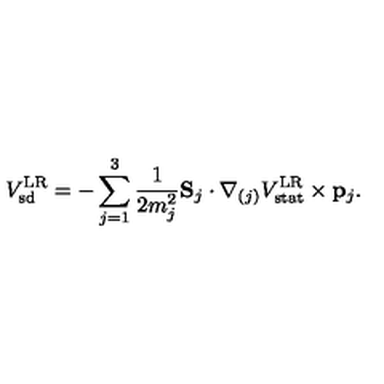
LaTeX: V _ { \mathrm { s d } } ^ { \mathrm { L R } } = - \sum _ { j = 1 } ^ { 3 } { \frac { 1 } { 2 m _ { j } ^ { 2 } } } { \bf S } _ { j } \cdot { \bf \nabla } _ { ( j ) } V _ { \mathrm { s t a t } } ^ { \mathrm { L R } } \times { \bf p } _ { j } .